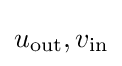
u_{\mathrm {out} },v_{\mathrm {in} }